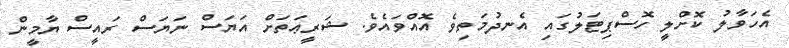
އެހަވާލު ކޮށްލީ ހޮސްޕިޓަލުގައި އެނދުމަތިވެ އޮއްވައެވެ. ޝަރީޢަތަށް އަޔަސް ނަޔަސް ރައީސް ޔާމީން